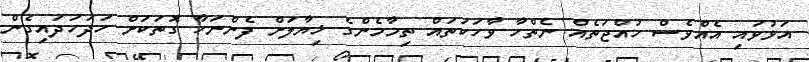
އަޅުވައި އެއްވެސް ހުއްޖަތެއް ނެތްހާ ވާހަކަތައް ތިމާމެންގެ ޚިޔާލަށް ފެންނަހާ ގޮތަކަށް ހަދަހަދައިގެން